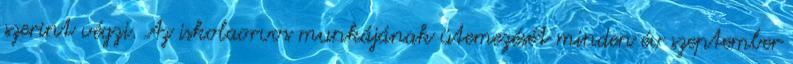
szerint végzi. Az iskolaorvos munkájának ütemezését minden év szeptember